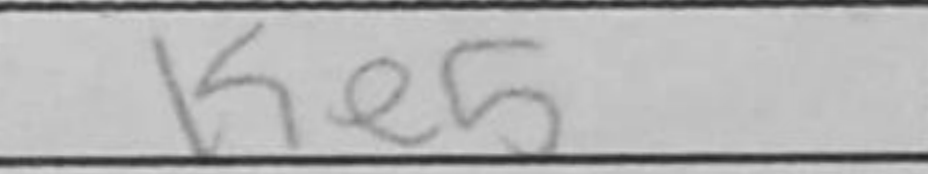
Transcription: Ke5